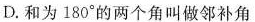
D.和为180°的两个角叫做邻补角